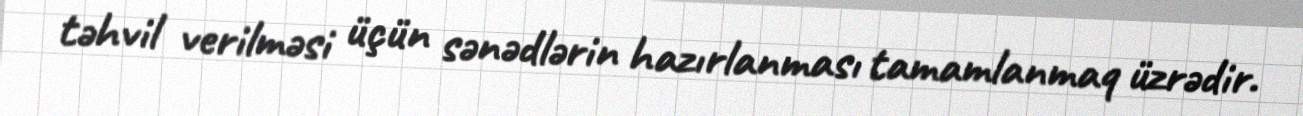
təhvil verilməsi üçün sənədlərin hazırlanması tamamlanmaq üzrədir.